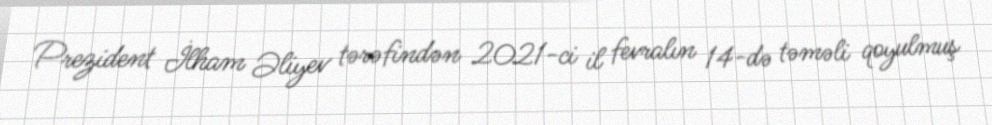
Prezident İlham Əliyev tərəfindən 2021-ci il fevralın 14-də təməli qoyulmuş